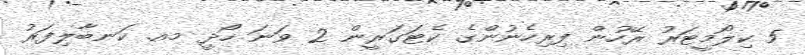
5 ކިލޯމީޓަރު ރޭހުން ފިރިހެނުންގެ ކެޓަގަރީން 2 ވަނަ ހޯދީ މއ. ކަނބާލިފަރު